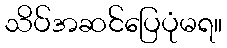
သိပ်အဆင်ပြေပုံမရ။